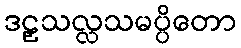
ဒဠှသလ္လသမပ္ပိတော